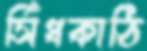
সিঁধকাঠি